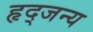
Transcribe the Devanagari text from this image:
हृद्जन्‍य